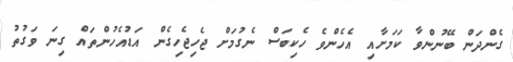
ގެންދަން ބޭނުންވާ ކަމަށާއި އެހެންވެ ހެކިބަސް ނެގުމަށް ޖެހިޖެހިގެން އަޑުއެހުންތައް ގިނަ ވަގުތު